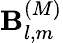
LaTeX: \mathbf{B}_{l,m}^{(M)}